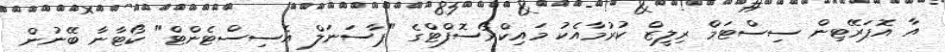
އާ އޮޕަރޭޓިން ސިސްޓަމް ރިލީޒް ކުރުމާއެކު މައިކްރޯސޮފްޓްގެ "ޕާސަނަލް އެސިސްޓެންޓް" ކޯޓާނާ ބޭނުން